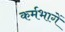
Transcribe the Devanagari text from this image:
कर्मभागें